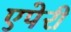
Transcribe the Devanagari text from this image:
एपेरी